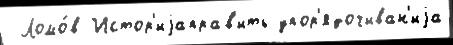
 Ломо́в Истор'иjаправ'ить упор'ядочиван'иjа